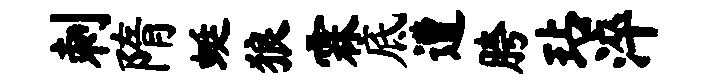
刺隋蜓狼霖底遭胯玷淬